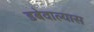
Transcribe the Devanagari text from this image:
डबेवाल्यास